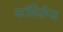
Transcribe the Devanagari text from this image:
कॉर्द्य्सिप्स